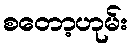
စတော့ဟုမ်း